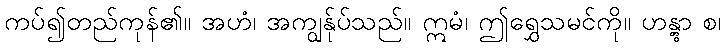
ကပ်၍တည်ကုန်၏။ အဟံ၊ အကျွန်ုပ်သည်။ ဣမံ၊ ဤရွှေသမင်ကို။ ဟန္တွာ စ၊